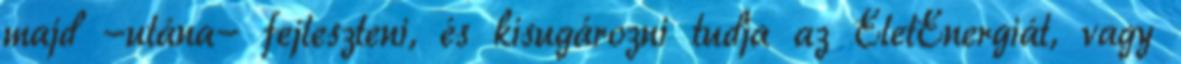
majd -utána- fejleszteni, és kisugározni tudja az ÉletEnergiát, vagy